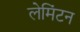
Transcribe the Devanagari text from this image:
लेमिंटन